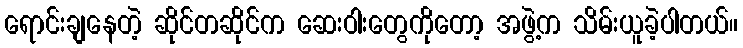
ရောင်းချနေတဲ့ ဆိုင်တဆိုင်က ဆေးဝါးတွေကိုတော့ အဖွဲ့က သိမ်းယူခဲ့ပါတယ်။